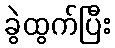
ခွဲထွက်ပြီး